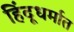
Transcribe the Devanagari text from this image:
हिंदूधर्मात